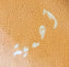
أهمية